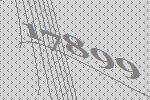
17899